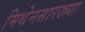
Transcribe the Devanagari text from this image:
मिथेनसारख्या